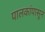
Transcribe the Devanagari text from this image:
पालकांपासून